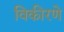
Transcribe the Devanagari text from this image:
विकीरणे